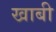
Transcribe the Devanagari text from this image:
खाबी